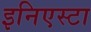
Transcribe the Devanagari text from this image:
इनिएस्टा